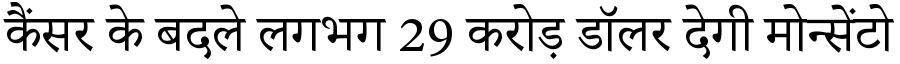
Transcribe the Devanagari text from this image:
कैंसर के बदले लगभग 29 करोड़ डॉलर देगी मोन्सेंटो